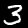
Digit: 3